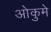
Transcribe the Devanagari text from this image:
ओकुमे